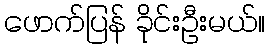
ဖောက်ပြန် ခိုင်းဦးမယ်။